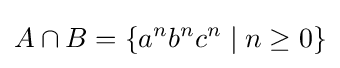
A\cap B=\{a^{n}b^{n}c^{n}\mid n\geq 0\}